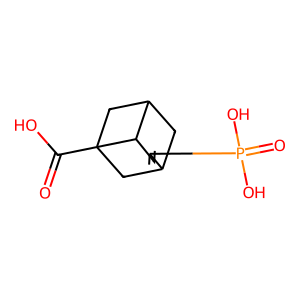
SMILES: O=C(O)C12CC3CC(C1)C2C=C3P(=O)(O)O
Inhibits HIV replication: No